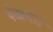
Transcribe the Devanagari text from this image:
देखनरा